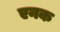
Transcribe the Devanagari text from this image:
एनक